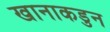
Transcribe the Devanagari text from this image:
खानाकडुन